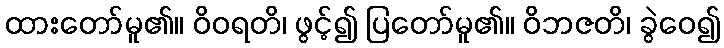
ထားတော်မူ၏။ ဝိဝရတိ၊ ဖွင့်၍ ပြတော်မူ၏။ ဝိဘဇတိ၊ ခွဲဝေ၍